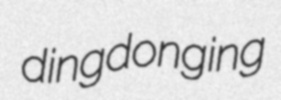
dingdonging